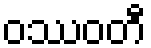
ဝဿဝတီ